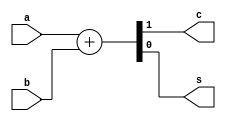
module half_add_beh(a,b,c,s);
input a,b;
output c,s;
reg c,s;
always @(a or b)
{c,s}=a+b;
endmodule